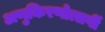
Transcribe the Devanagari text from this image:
अणुकिरणोत्सर्गी